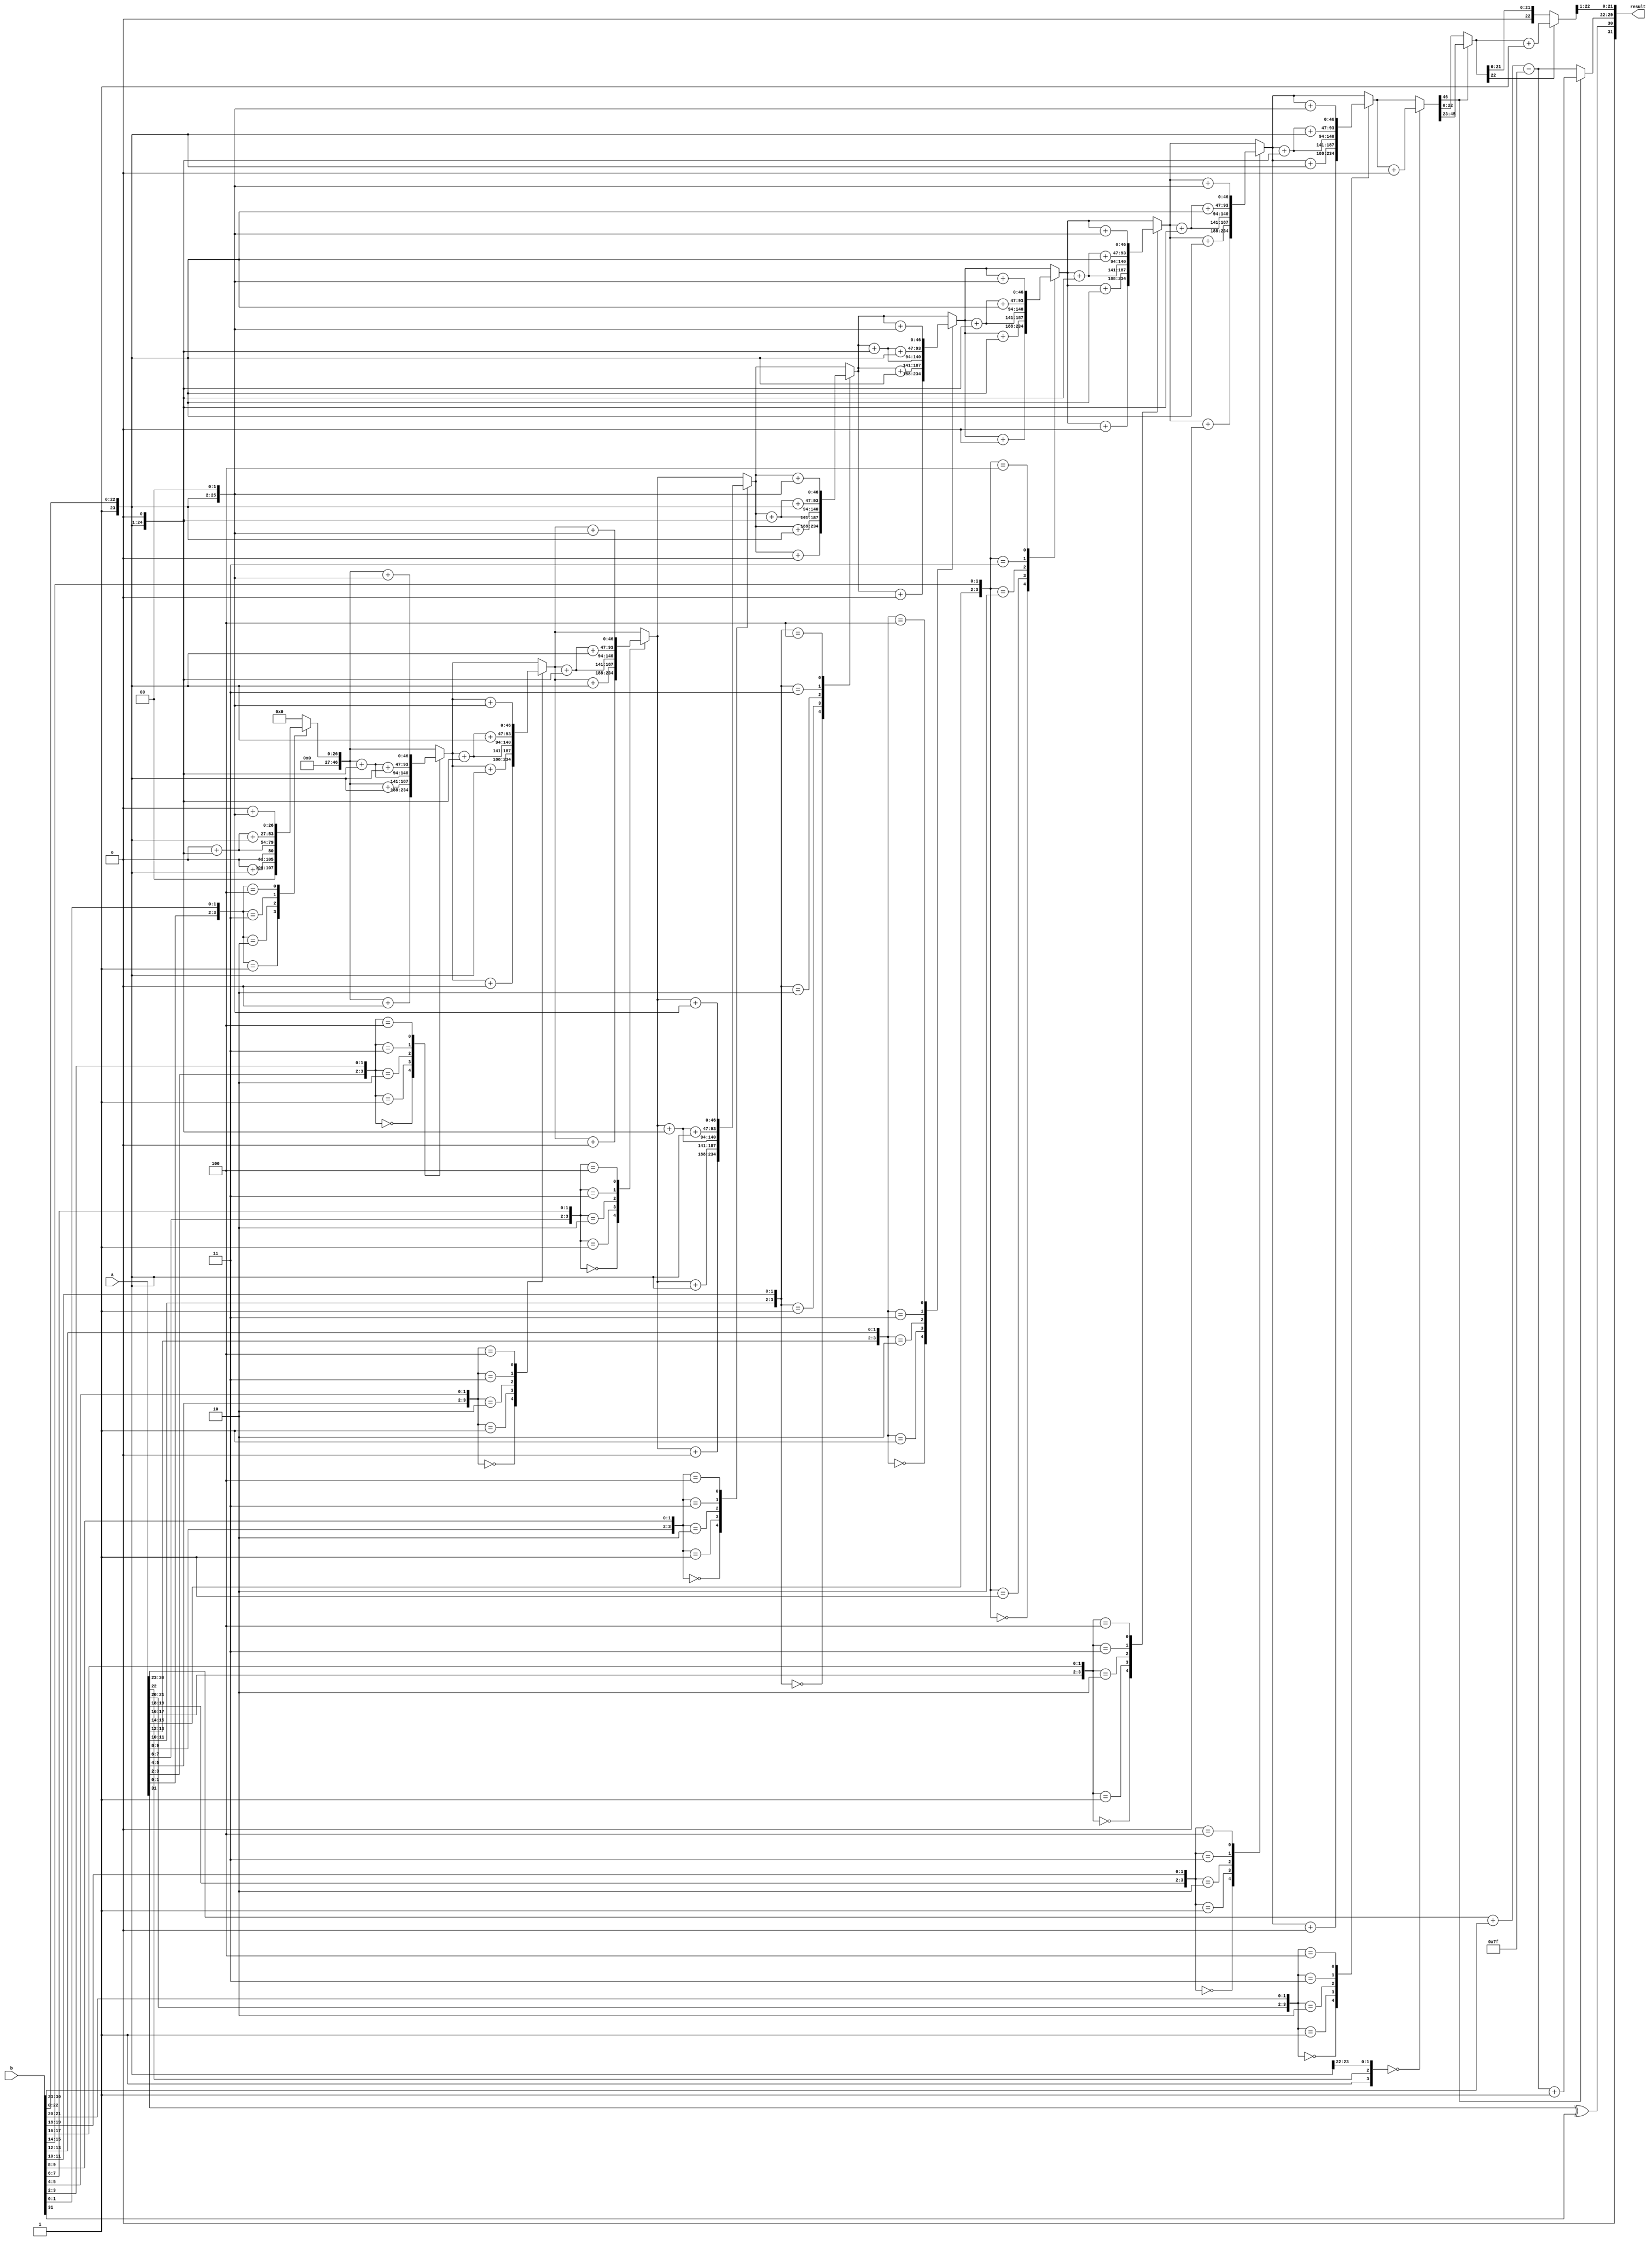
module radix4_fp_multiplier (
    input wire [31:0] a, // First floating-point number (IEEE 754)
    input wire [31:0] b, // Second floating-point number (IEEE 754)
    output reg [31:0] result // Resulting floating-point number (IEEE 754)
);

    // IEEE 754 parameters
    parameter EXPONENT_BITS = 8;
    parameter MANTISSA_BITS = 23;
    parameter BIAS = 127;

    // Extract sign, exponent, and mantissa
    wire sign_a = a[31];
    wire sign_b = b[31];
    wire [EXPONENT_BITS-1:0] exp_a = a[30:23];
    wire [EXPONENT_BITS-1:0] exp_b = b[30:23];
    wire [MANTISSA_BITS:0] mant_a = {1'b1, a[22:0]}; // Implicit leading 1
    wire [MANTISSA_BITS:0] mant_b = {1'b1, b[22:0]}; // Implicit leading 1

    // Sign of the result
    wire result_sign = sign_a ^ sign_b;

    // Exponent calculation
    wire [EXPONENT_BITS:0] exp_sum = {1'b0, exp_a} + {1'b0, exp_b} - BIAS;

    // Mantissa multiplication using Radix-4 Booth's algorithm
    reg [2*MANTISSA_BITS:0] mant_product; // To hold the product
    integer i;

    always @(*) begin
        // Initialize mant_product
        mant_product = 0;

        // Radix-4 Booth's algorithm
        for (i = 0; i < MANTISSA_BITS; i = i + 2) begin
            case ({mant_a[i+1], mant_a[i], mant_b[i+1], mant_b[i]})
                4'b0000: mant_product = mant_product + 0; // 00
                4'b0001: mant_product = mant_product + mant_b; // 01
                4'b0010: mant_product = mant_product + (mant_b << 1); // 10
                4'b0011: mant_product = mant_product + (mant_b << 1) + mant_b; // 11
                4'b0100: mant_product = mant_product + (mant_b << 2); // 00
                // Add more cases for other combinations
                default: mant_product = mant_product; // Default case
            endcase
        end
    end

    // Normalization and rounding
    reg [MANTISSA_BITS:0] normalized_mantissa;
    reg [EXPONENT_BITS:0] final_exponent;

    always @(*) begin
        // Normalize the mantissa
        if (mant_product[MANTISSA_BITS*2] == 1) begin
            normalized_mantissa = mant_product[MANTISSA_BITS*2-1:MANTISSA_BITS];
            final_exponent = exp_sum + 1; // Adjust exponent
        end else begin
            normalized_mantissa = mant_product[MANTISSA_BITS-1:0];
            final_exponent = exp_sum; // No adjustment needed
        end

        // Rounding (simple round to nearest)
        if (normalized_mantissa[MANTISSA_BITS-1] == 1) begin
            normalized_mantissa = normalized_mantissa + 1; // Round up
        end

        // Assemble the result
        result = {result_sign, final_exponent[EXPONENT_BITS-1:0], normalized_mantissa[MANTISSA_BITS-1:1]};
    end

endmodule